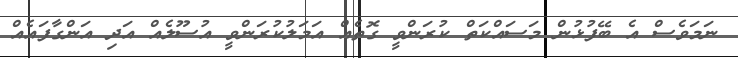
ނަމަވެސް އެ ބޭފުޅުން މަސައްކަތް ކުރަންވީ ގޮތެއް އަމަލުކުރަންވީ އުސޫލެއް އަދި އަންގާފައެއް